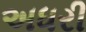
અધરી